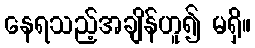
နေရသည့်အချိန်ဟူ၍ မရှိ။